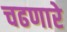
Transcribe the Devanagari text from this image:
चढणारे